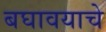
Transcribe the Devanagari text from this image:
बघावयाचे